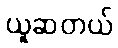
ယူဆတယ်